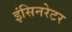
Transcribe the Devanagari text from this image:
इंसिनरेटर